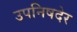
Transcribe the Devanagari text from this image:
उपनिषदेर